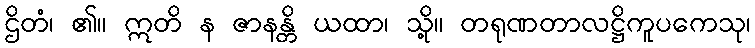
ဌိတံ၊ ၏။ ဣတိ န ဇာနန္တိ ယထာ၊ သို့။ တရုဏတာလဋ္ဌိကူပကေသု၊